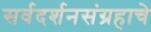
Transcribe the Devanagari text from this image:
सर्वदर्शनसंग्रहाचे